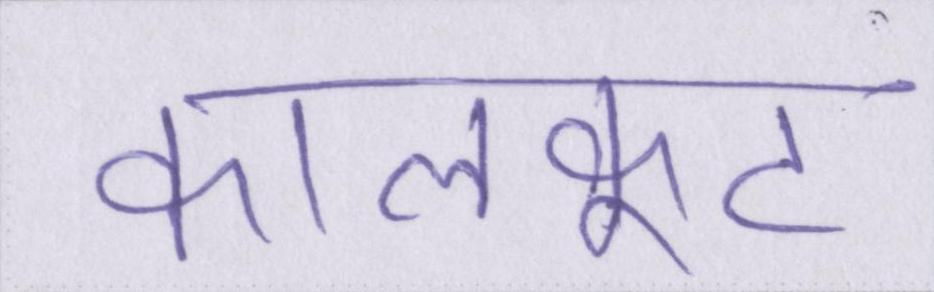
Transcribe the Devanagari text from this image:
कालकूट